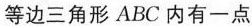
等边三角形ABC内有一点